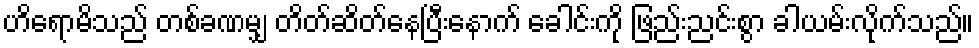
ဟိရောမိသည် တစ်ခဏမျှ တိတ်ဆိတ်နေပြီးနောက် ခေါင်းကို ဖြည်းညင်းစွာ ခါယမ်းလိုက်သည်။